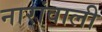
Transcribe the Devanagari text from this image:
नारांवाली